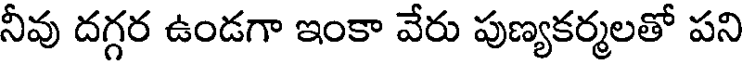
నీవు దగ్గర ఉండగా ఇంకా వేరు పుణ్యకర్మలతో పని